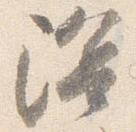
陰